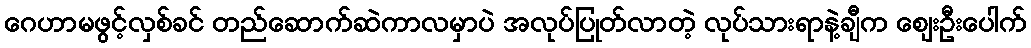
ဂေဟာမဖွင့်လှစ်ခင် တည်ဆောက်ဆဲကာလမှာပဲ အလုပ်ပြုတ်လာတဲ့ လုပ်သားရာနဲ့ချီက ဈေးဦးပေါက်